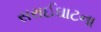
સરાઈઘાટના